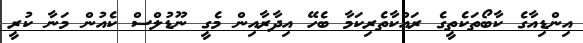
އިންޑިއާގެ ކާބޯތަކެތީގެ ރައްކާތެރިކަމާ ބެހޭ އިދާރާއިން މެގީ ނޫޑުލްސް ކެއުން މަނާ ކުރީ